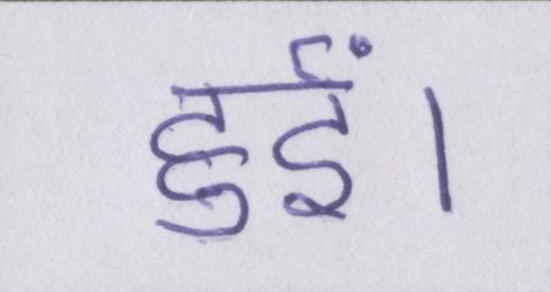
हुईं।